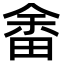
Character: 畬